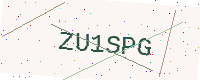
Text: ZU1SPG